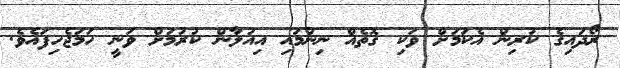
ރޯދައިގެ ކުރިން އެކަމަށް ވަކި ގޮތެއް ނިންމައި އިއުލާން ކުރުމަށް ވަނީ ހަމަޖެހިފައެވެ.